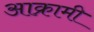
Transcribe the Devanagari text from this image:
आक्रामी